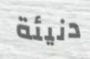
دنيئة